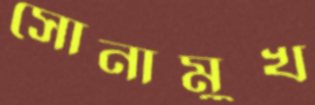
সোনামুখ